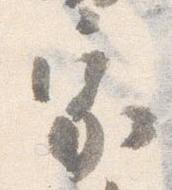
家